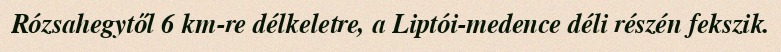
Rózsahegytől 6 km-re délkeletre, a Liptói-medence déli részén fekszik.